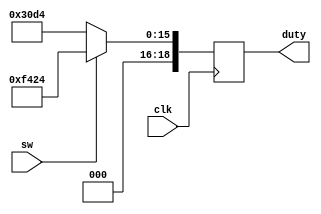
module pulsador (
    output reg [18:0] duty,
    input clk,
    input sw
  );
always@(posedge clk)
begin 
	if(sw==1'b1)
		
	begin
		duty <= 19'd62500;
	end
	else
	begin
		duty <= 19'd12500;
	end
end

endmodule